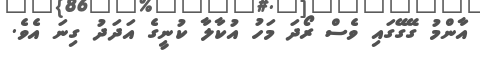
އާންމު ގޭގޭގައި ވެސް ރޯދަ މަހު އުކާލާ ކުނީގެ އަދަދު ގިނަ އެވެ.